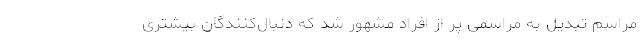
مراسم تبدیل به مراسمی پر از افراد مشهور شد که دنبال‌کنندگان بیشتری